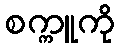
စက္ကူကို